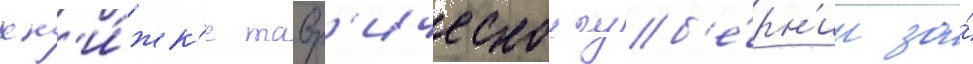
кн'и́жк'е тавр'ическои губ'е́рн'ии за́